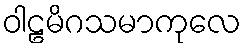
ဝါဠမိဂသမာကုလေ